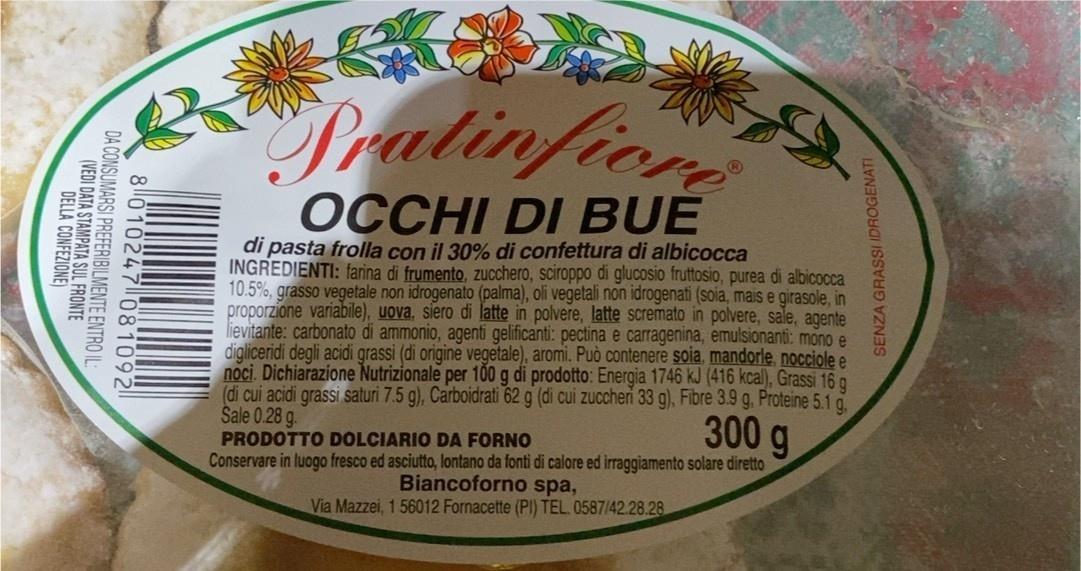
Pratinfion
OCCHI DI BUE
di pasta frolla con il 30% di confettura di albicocca INGREDIENTI: farina di frumento, zucchero, sciroppo di glucosio fruttosio, purea di albicocca 10.5%, grasso vegetale non idrogenato (palma), oli vegetali non idrogenati (soia, mais e girasole, in proporzione variabile), uova, siero di latte in polvere, latte scremato in polvere, sale, agente lievitante: carbonato di ammonio, agenti gelificanti: pectina e carragenina, emulsionanti: mono e digliceridi degli acidi grassi (di origine vegetale), aromi. Può contenere soia, mandorle, nocciole e noci. Dichiarazione Nutrizionale per 100 g di prodotto: Energia 1746 kJ (416 kcal), Grassi 16 g (di cui acidi grassi saturi 7.5 g), Carboidrati 62 g (di cui zuccheri 33 g), Fibre 3.9 g, Proteine 5.1 a Sale 0.28 g. PRODOTTO DOLCIARIO DA FORNO
300 g
Conservare in
fresco ed asciutto, lontano da fonti di calore ed irraggiamento solare diretto
Biancoforno spa, Via Mazzei, 1 56012 Fornacette (PI) TEL. 0587/42.28.28
SENZA GRASSI IDROGENATI
8010247 081092 DA CONSUMARSI PREFERIBILMENTE ENTRO IL (VEDI DATA STAMPATA SUL FRONTE DELLA CONFEZIONE